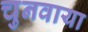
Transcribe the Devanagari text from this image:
चुनवाया